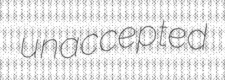
unaccepted